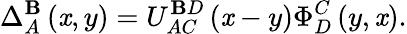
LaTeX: \Delta_{A}^{\mathbf{B}}\left(\mathit{x},y\right)=U_{AC}^{\mathbf{B}D}\left(\mathit{x}-y\right)\Phi_{D}^{C}\left(y,\mathit{x}\right).